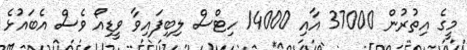
މީގެ އިތުރުން 37000 އާއި 14000 ހިޓްސް ލިބިފައިވާ ވީޑިއޯ ވެސް އެބައުޅެ